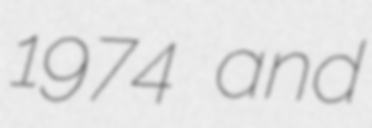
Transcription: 1974 and